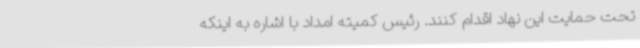
تحت حمایت این نهاد اقدام کنند. رئیس کمیته امداد با اشاره به اینکه